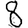
Digit: 8